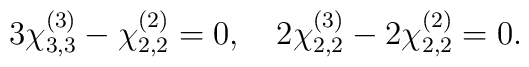
3 \chi^{(3)}_{3,3} -\chi^{(2)}_{2,2}= 0, \quad 2\chi^{(3)}_{2,2}-2\chi^{(2)}_{2,2} = 0.